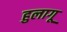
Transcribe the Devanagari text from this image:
हुलागू